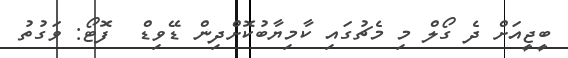
ބީޖީއަށް ދެ ގޯލް މި މެޗުގައި ކާމިޔާބުކޮށްދިން ޑޭވިޑް  ފޮޓޯ: ވަގުތު